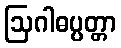
ဩဂါဓပ္ပတ္တာ